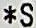
*S